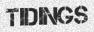
TIDINGS